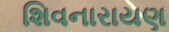
શિવનારાયણ